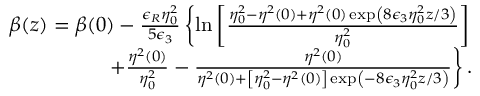
\begin{array} { r } { \beta ( z ) = \beta ( 0 ) - \frac { \epsilon _ { R } \eta _ { 0 } ^ { 2 } } { 5 \epsilon _ { 3 } } \left\{ \ln \left[ \frac { \eta _ { 0 } ^ { 2 } - \eta ^ { 2 } ( 0 ) + \eta ^ { 2 } ( 0 ) \exp \left( 8 \epsilon _ { 3 } \eta _ { 0 } ^ { 2 } z / 3 \right) } { \eta _ { 0 } ^ { 2 } } \right] \right. } \\ { \left. + \frac { \eta ^ { 2 } ( 0 ) } { \eta _ { 0 } ^ { 2 } } - \frac { \eta ^ { 2 } ( 0 ) } { \eta ^ { 2 } ( 0 ) + \left[ \eta _ { 0 } ^ { 2 } - \eta ^ { 2 } ( 0 ) \right] \exp \left( - 8 \epsilon _ { 3 } \eta _ { 0 } ^ { 2 } z / 3 \right) } \right\} . } \end{array}